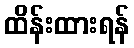
ထိန်းထားရန်